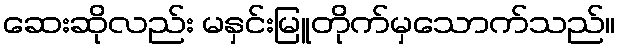
ဆေးဆိုလည်း မနှင်းမြူတိုက်မှသောက်သည်။